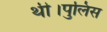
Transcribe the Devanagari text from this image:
थी।पुलिस